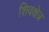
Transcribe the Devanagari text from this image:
शिवक्षेत्र